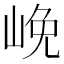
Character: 𡷭